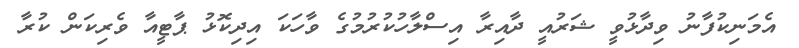
އެމަނިކުފާނު ވިދާޅުވީ ޝަރުއީ ދާއިރާ އިސްލާހުކުރުމުގެ ވާހަކަ އިދިކޮޅު ޕާޓީއާ ވެރިކަން ކުރާ